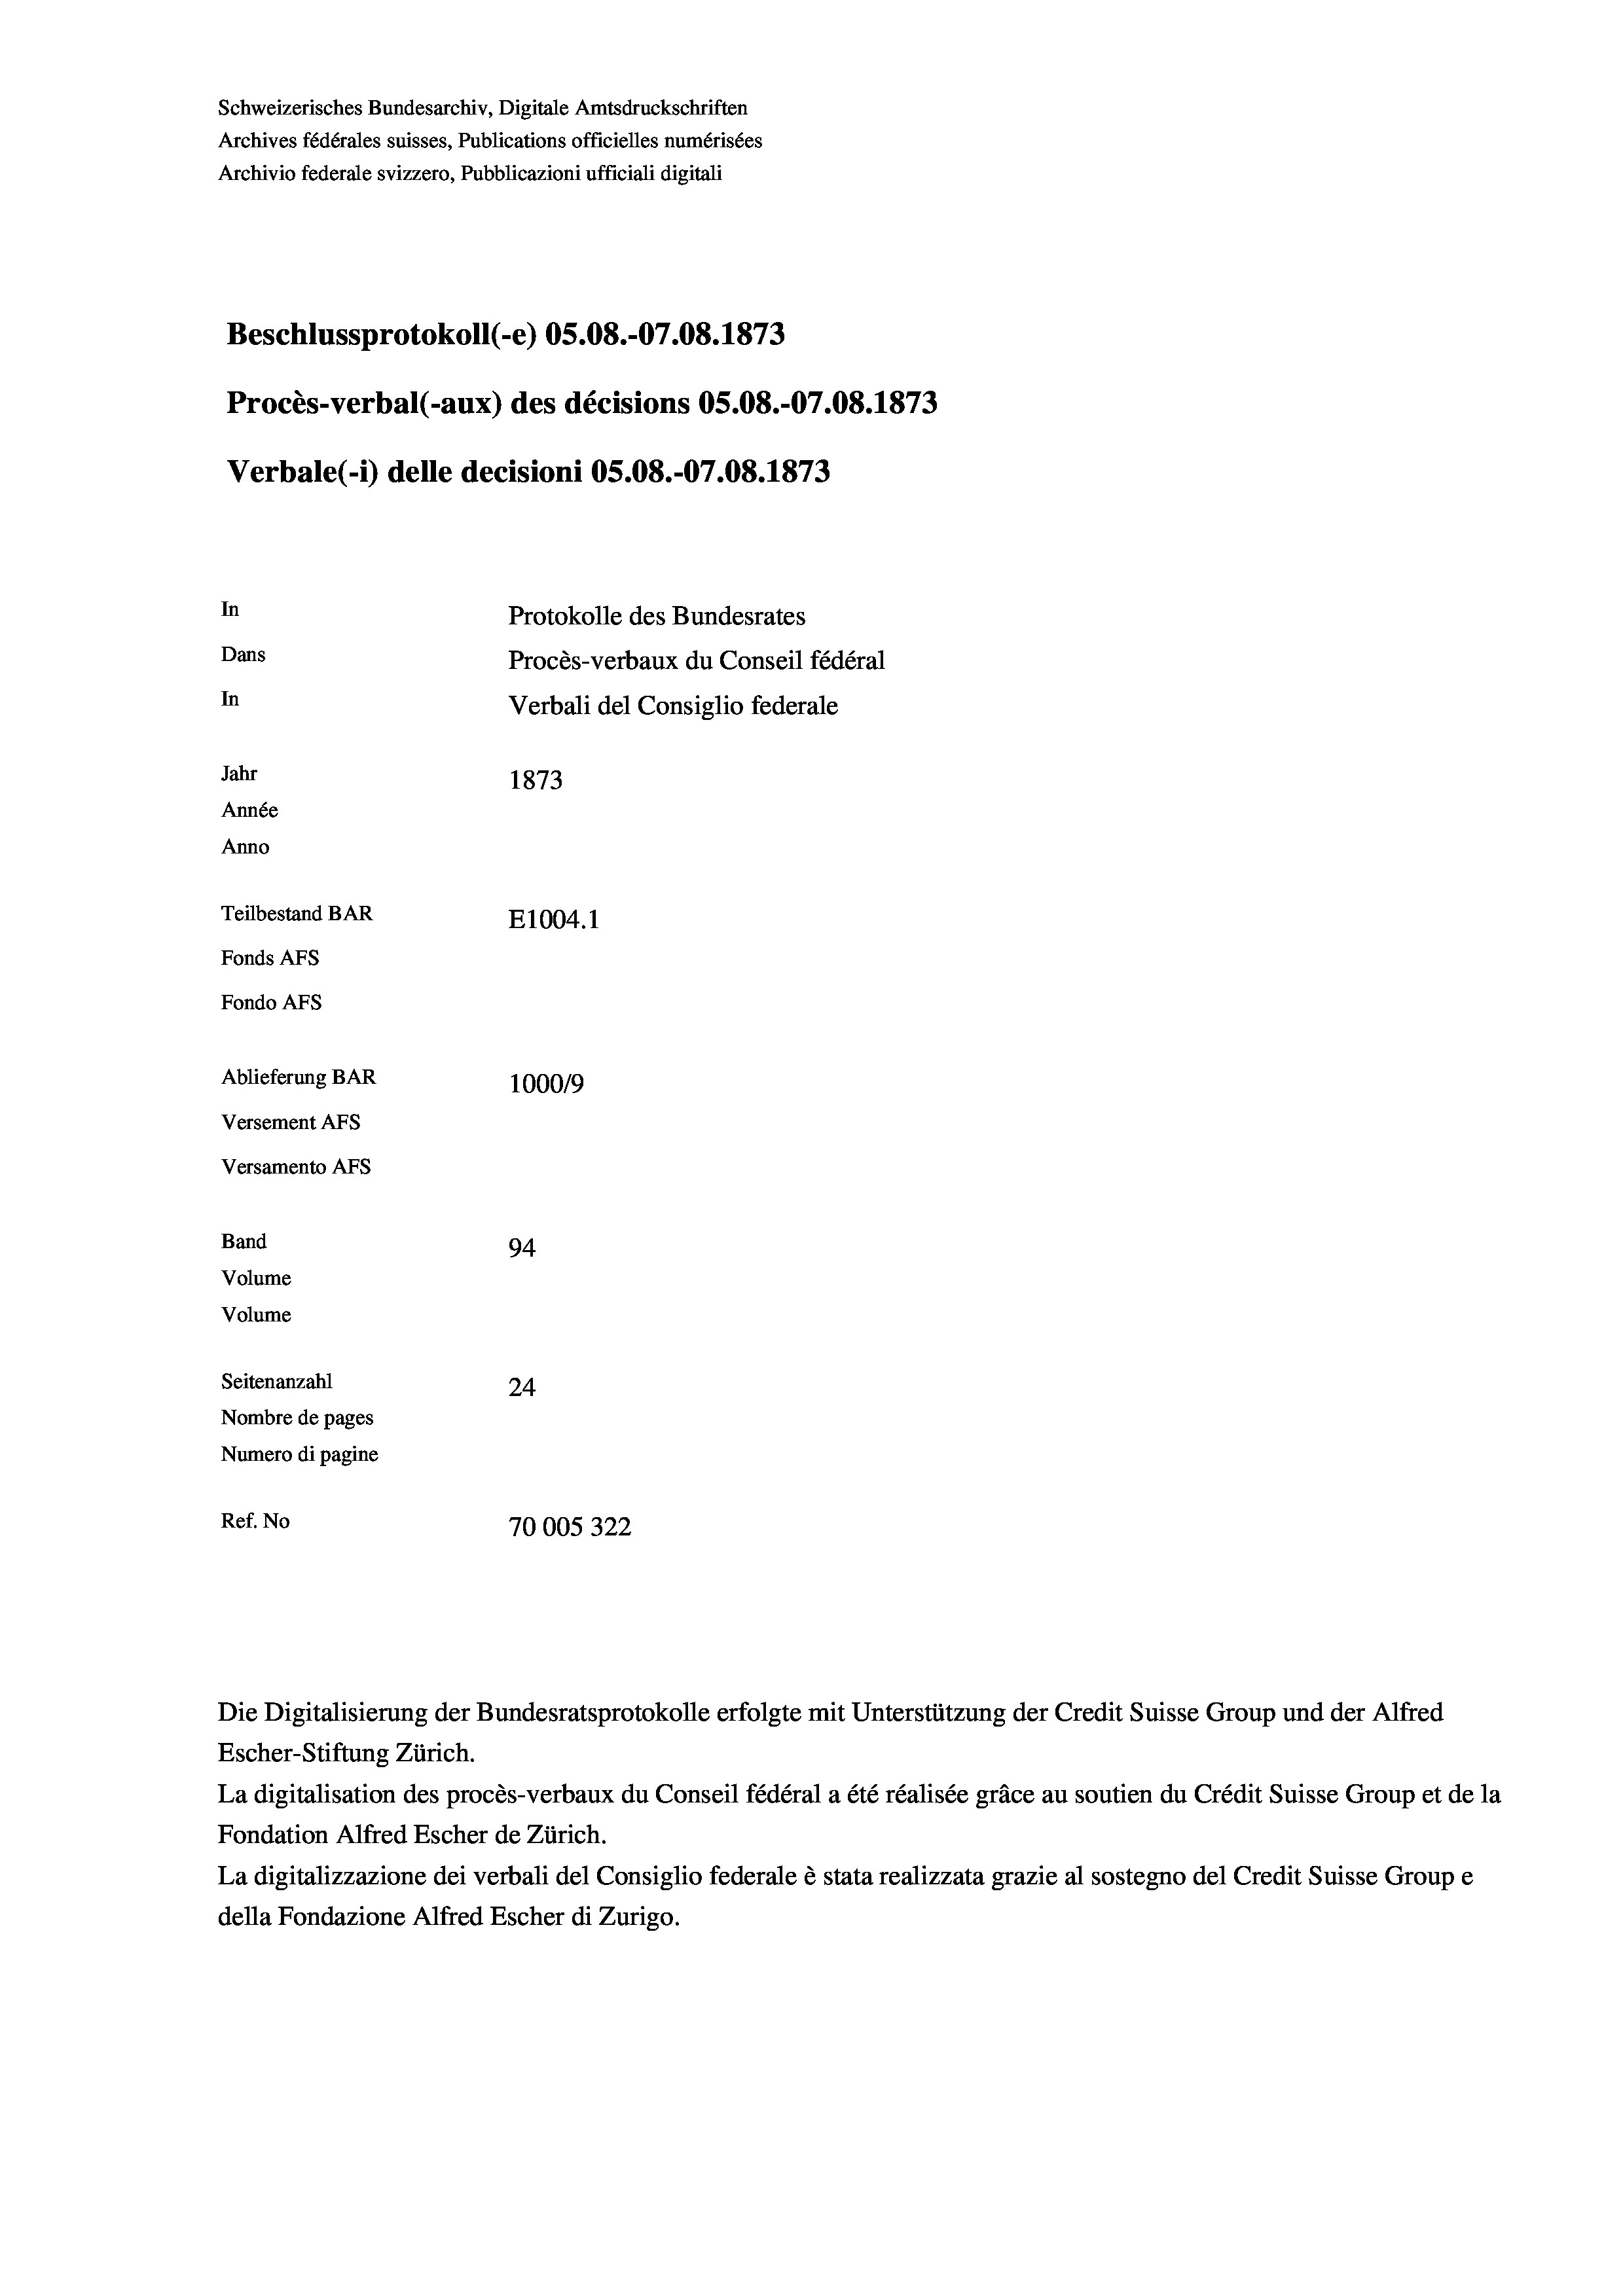
Schweizerisches Bundesarchiv, Digitale Amtsdruckschriften
Archives fédérales suisses, Publications officielles numérisées
Archivio federale svizzero, Pubblicazioni ufficiali digitali
Beschlussprotokoll (e) OS.08.-07.08. 1873
Procès-verbal (-aux) des décisions OS.08.-07.08. 1873
Verbale(1) delle decisioni OS.08.-07.08. 1873
In
Protokolle des Bundesrates
Dans
Procès-verbaux du Conseil fédéral
In
Verbali del Consiglio federale
Jahr
1873
Année
Anno
Teilbestand BAR
E1004. 1
Fonds AFs
Fondo Afs
Ablieferung BAR
100019
Versement AFs
Versamento AFs
Band
94
Volume
Volume
Seitenanzahl
24
Nombre de pages
Numero di pagine
Ref. No
10005322

La digitalisation des procès-verbaux du Conseil fédéral a été réalisée gräce au soutien du Crédit Suisse Group et de la
Fondation Alfred Escher de Zürich.
La digitalizzazione dei verbali del Consiglio federale è stata realizzata grazie al sostegno del Credit Suisse Groupe
della Fondazione Alfred Escher di Zurigo.

Die Digitalisierung der Bundesratsprotokolle erfolgte mit Unterstützung der Credit Suisse Group und der Alfred
Escher-Stiftung Zürich.